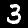
Label: 3